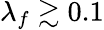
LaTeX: \lambda_{f}\gtrsim 0.1